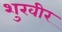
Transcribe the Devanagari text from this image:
शुरवीर